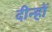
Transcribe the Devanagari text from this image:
दीन्हों